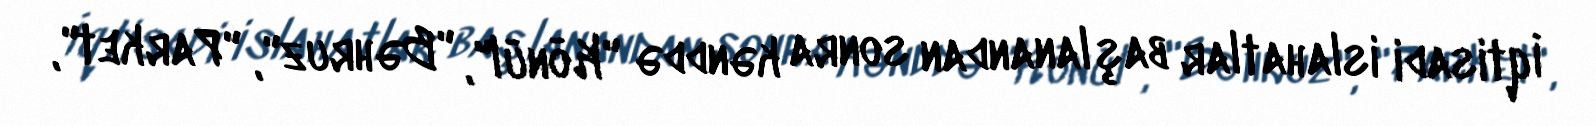
İqtisadi islahatlar başlanandan sonra kənddə "Könül", "Bəhruz", "Parket",